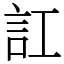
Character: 訌